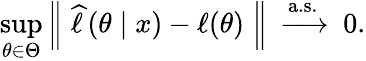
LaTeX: \operatorname*{sup}_{\theta\in\Theta}\left\| \; {\widehat{\ell\, }}(\theta\mid x)-\ell(\theta)\; \right\| \ \xrightarrow{\mathrm{a.s.}}\ 0.